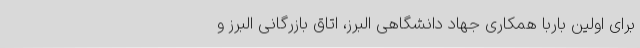
برای اولین باربا همکاری جهاد دانشگاهی البرز، اتاق بازرگانی البرز و